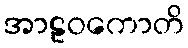
အာဠဝကောတိ